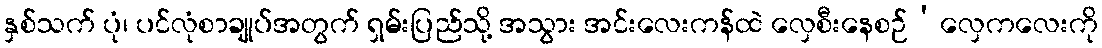
နှစ်သက် ပုံ၊ ပင်လုံစာချုပ်အတွက် ရှမ်းပြည်သို့ အသွား အင်းလေးကန်ထဲ လှေစီးနေစဉ်‘လှေကလေးကို